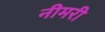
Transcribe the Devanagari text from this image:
नीमरी